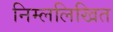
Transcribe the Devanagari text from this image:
निम्ललिखित